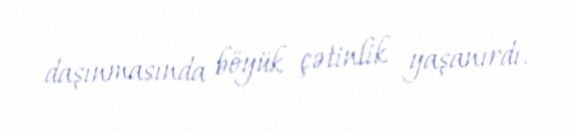
daşınmasında böyük çətinlik yaşanırdı.